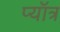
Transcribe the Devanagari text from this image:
प्यॉत्र